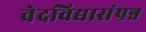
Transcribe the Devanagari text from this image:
वेदविद्यासंपन्न